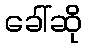
ခေါ်ဆို